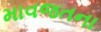
માવજતના